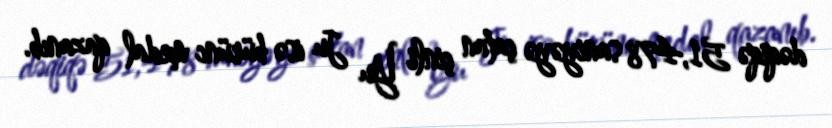
dəqiqə 51,478 saniyəyə çatan çinli Yu Ju isə bürünc medal qazanıb.